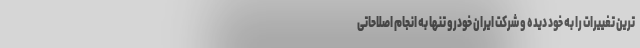
ترین تغییرات را به خود دیده و شرکت ایران خودرو تنها به انجام اصلاحاتی